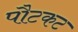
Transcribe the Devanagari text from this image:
पौटकट